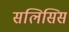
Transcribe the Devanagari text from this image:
सलिसिस